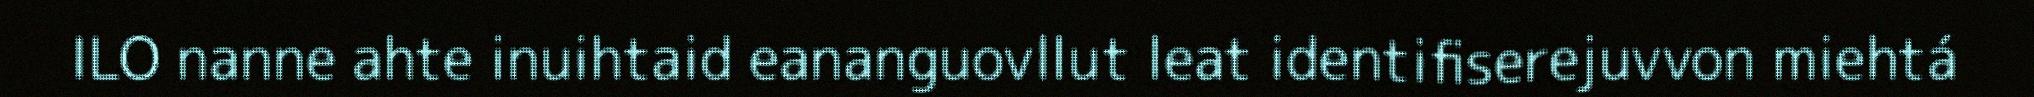
ILO nanne ahte inuihtaid eananguovllut leat identifiserejuvvon miehtá